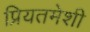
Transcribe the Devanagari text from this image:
प्रियतमेशी